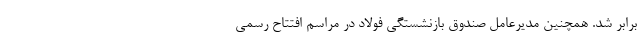
برابر شد. همچنین مدیرعامل صندوق بازنشستگی فولاد در مراسم افتتاح رسمی